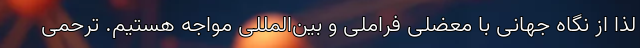
لذا از نگاه جهانی با معضلی فراملی و بین‌المللی مواجه هستیم. ترحمی